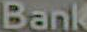
Bank